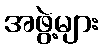
အဖွဲ့များ